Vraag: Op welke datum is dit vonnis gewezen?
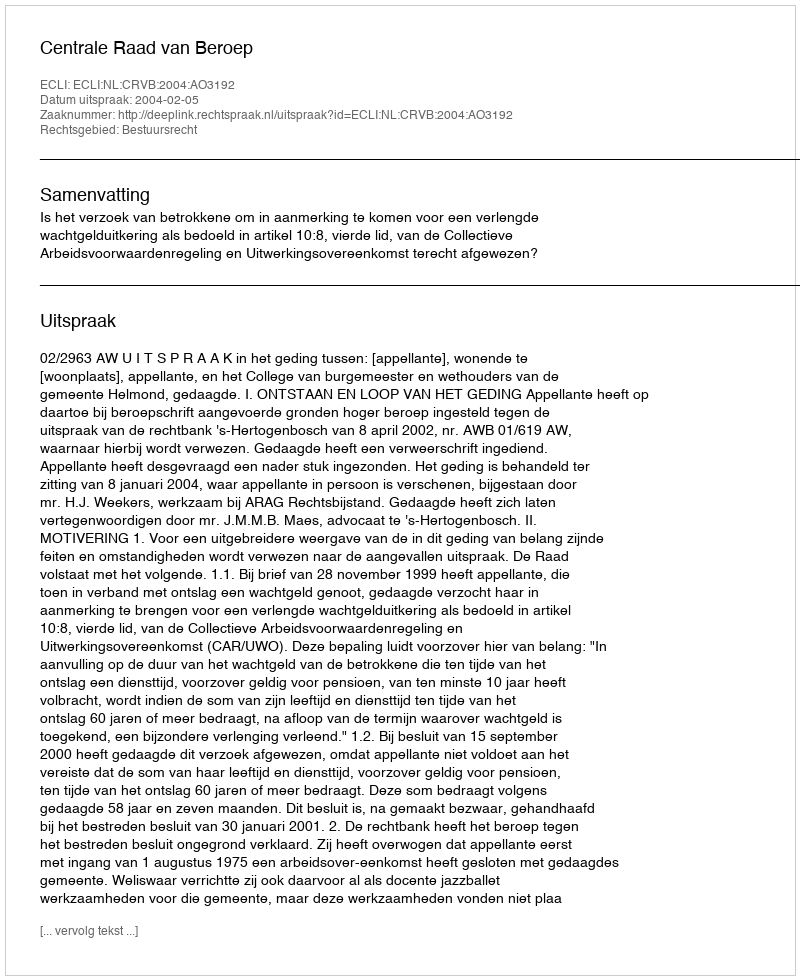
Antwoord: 2004-02-05